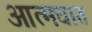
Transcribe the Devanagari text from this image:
आत्‍मघात